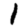
Digit: 1